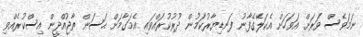
ނަމަވެސް ވަރަށް އަވަހަށް އެކަލޭގެފާނު ފަނޑިޔާރުކަމުން ދުރުކުރައްވައި އެމަގާމަށް ޙަސަން ތާޖުއްދީން އިސްކުރެއްވި